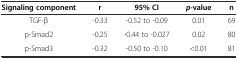
| Signaling component | r | 95% CI | p-value | n |
 | --- | --- | --- | --- | --- |
 | TGF-β | -0.33 | -0.52 to -0.09 | 0.01 | 69 |
 | p-Smad2 | -0.25 | -0.44 to -0.027 | 0.02 | 80 |
 | p-Smad3 | -0.32 | -0.50 to -0.10 | <0.01 | 81 |